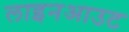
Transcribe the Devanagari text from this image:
लाइनआउट